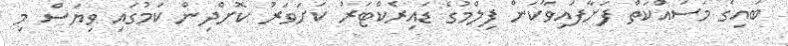
ބައިގެ މަސައްކަތް ފަށާފައިވާކަން ފިލްމުގެ ޑައިރެކްޓަރު ކަށަވަރު ކޮށްދިން ކަމުގައި ވިޔަސް މި